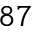
^ { 8 7 }